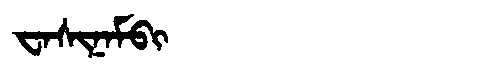
Manchu: ᠸᠠᠰᡳᠨᠠᠮᠪᡳ
Romanization: WASINAMBI